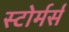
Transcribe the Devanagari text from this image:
स्टोर्मर्स